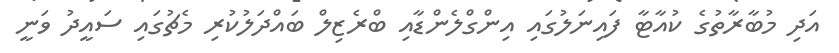
އަދި މުބާރާތުގެ ކުއާޓާ ފައިނަލުގައި އިންގްލެންޑާއި ބްރެޒިލް ބައްދަލުކުރި މެޗުގައި ސައީދު ވަނީ